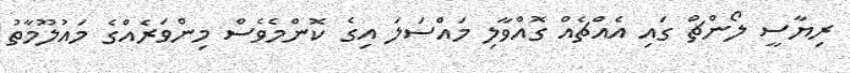
ރިޔާސީ ލޯންޗް ގައި އެއްޗެއް ގޮއްވާލި މައްސަލަ އިގެ ކޮންމެވެސް މިންވަރެއްގެ މައުލޫމާތު